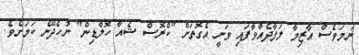
ނަމަވެސް އާޒިމާ ލަފާދެއްވާފައި ވަނީ އެގޮތަށް "ކްރޮސް ޝެއާ ހޮލްޑިން" ނުހެދޭނެ ކަމަށެވެ.